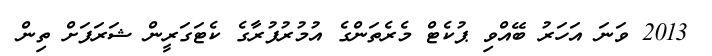
2013 ވަނަ އަހަރު ބޭއްވި ޕުކެޓް މެރެތަންގެ އުމުރުފުރާގެ ކެޓަގަރީން ޝަރަފަށް ތިން